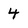
Character: 4